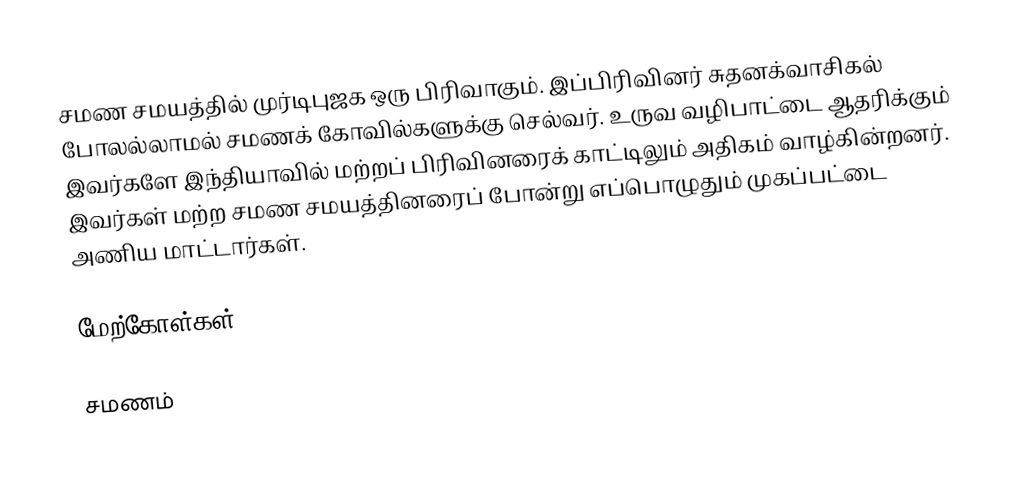
சமண சமயத்தில் முர்டிபுஜக ஒரு பிரிவாகும். இப்பிரிவினர்  சுதனக்வாசிகல் போலல்லாமல் சமணக் கோவில்களுக்கு செல்வர். உருவ வழிபாட்டை ஆதரிக்கும் இவர்களே இந்தியாவில் மற்றப் பிரிவினரைக் காட்டிலும் அதிகம் வாழ்கின்றனர். இவர்கள் மற்ற சமண சமயத்தினரைப் போன்று எப்பொழுதும் முகப்பட்டை அணிய மாட்டார்கள்.

மேற்கோள்கள்

 சமணம்